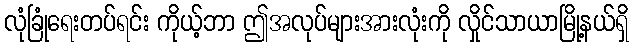
လုံခြုံရေးတပ်ရင်း ကိုယ့်ဘာ ဤအလုပ်များအားလုံးကို လှိုင်သာယာမြို့နယ်ရှိ